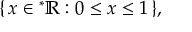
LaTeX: \{ \, x \in { ^ { * } \mathbb { R } } : 0 \leq x \leq 1 \, \} ,